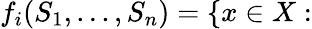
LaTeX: f_{i}(S_{1},...,S_{n})=\{ x\in X: